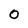
Character: 0